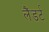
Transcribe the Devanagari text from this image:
लैंडर्ट